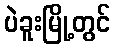
ပဲခူးမြို့တွင်